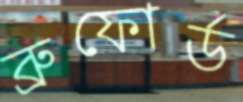
ব্রুফোর্ড